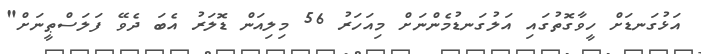
އަޅުގަނޑަށް ހީވާގޮތުގައި އަލުގަނޑުމެންނަށް މިއަހަރު 56 މިލިއަން ޑޮލަރު އެބަ ދެވޭ ފަލަސްޠީނަށް"